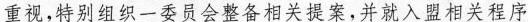
重视，特别组织一委员会整备相关提案，并就入盟相关程序